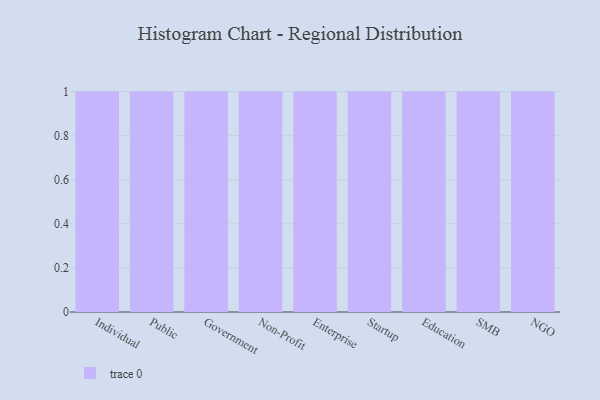
{"axis": {"x": "Segment", "y": "Tickets Resolved"}, "legend": [""], "data": [{"x": "Individual", "y": 5, "type": ""}, {"x": "Public", "y": 18, "type": ""}, {"x": "Government", "y": 40, "type": ""}, {"x": "Non-Profit", "y": 83, "type": ""}, {"x": "Enterprise", "y": 96, "type": ""}, {"x": "Startup", "y": 98, "type": ""}, {"x": "Education", "y": 6, "type": ""}, {"x": "SMB", "y": 55, "type": ""}, {"x": "NGO", "y": 37, "type": ""}]}